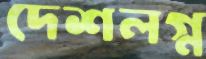
দেশলগ্ন